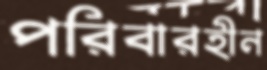
পরিবারহীন